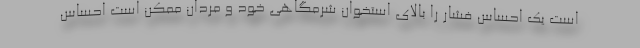
است یک احساس فشار را بالای استخوان شرمگاهی خود و مردان ممکن است احساس